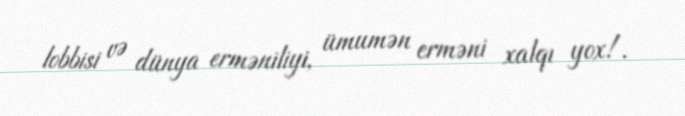
lobbisi və dünya erməniliyi, ümumən erməni xalqı yox!.